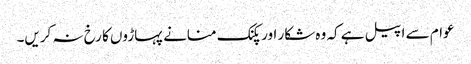
عوام سے اپیل ہے کہ وہ شکار اور پکنک منانے پہاڑوں کا رخ نہ کریں۔